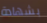
بشهادة